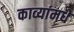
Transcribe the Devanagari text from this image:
काव्यांमधे